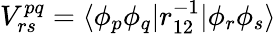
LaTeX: V_{rs}^{pq}=\langle\phi_{p}\phi_{q}|r_{12}^{-1}|\phi_{r}\phi_{s}\rangle